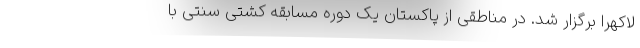
لاکهرا برگزار شد. در مناطقی از پاکستان یک دوره مسابقه کشتی سنتی با